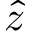
\hat { z }